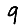
Digit: 9